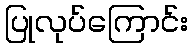
ပြုလုပ်ကြောင်း